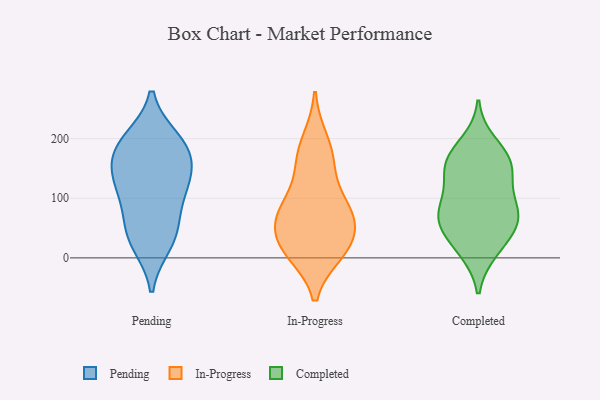
{"axis": {"x": "Shipments", "y": "Value"}, "legend": ["Completed", "In-Progress", "Pending"], "data": [{"x": "", "y": 137, "type": "Pending"}, {"x": "", "y": 197, "type": "Pending"}, {"x": "", "y": 96, "type": "Pending"}, {"x": "", "y": 133, "type": "Pending"}, {"x": "", "y": 191, "type": "Pending"}, {"x": "", "y": 182, "type": "Pending"}, {"x": "", "y": 40, "type": "Pending"}, {"x": "", "y": 117, "type": "Pending"}, {"x": "", "y": 170, "type": "Pending"}, {"x": "", "y": 25, "type": "Pending"}, {"x": "", "y": 47, "type": "Pending"}, {"x": "", "y": 10, "type": "In-Progress"}, {"x": "", "y": 62, "type": "In-Progress"}, {"x": "", "y": 83, "type": "In-Progress"}, {"x": "", "y": 17, "type": "In-Progress"}, {"x": "", "y": 77, "type": "In-Progress"}, {"x": "", "y": 162, "type": "In-Progress"}, {"x": "", "y": 16, "type": "In-Progress"}, {"x": "", "y": 197, "type": "In-Progress"}, {"x": "", "y": 61, "type": "In-Progress"}, {"x": "", "y": 22, "type": "In-Progress"}, {"x": "", "y": 159, "type": "In-Progress"}, {"x": "", "y": 92, "type": "In-Progress"}, {"x": "", "y": 63, "type": "Completed"}, {"x": "", "y": 58, "type": "Completed"}, {"x": "", "y": 90, "type": "Completed"}, {"x": "", "y": 140, "type": "Completed"}, {"x": "", "y": 12, "type": "Completed"}, {"x": "", "y": 77, "type": "Completed"}, {"x": "", "y": 194, "type": "Completed"}, {"x": "", "y": 160, "type": "Completed"}, {"x": "", "y": 114, "type": "Completed"}, {"x": "", "y": 156, "type": "Completed"}, {"x": "", "y": 171, "type": "Completed"}, {"x": "", "y": 155, "type": "Completed"}, {"x": "", "y": 86, "type": "Completed"}, {"x": "", "y": 49, "type": "Completed"}, {"x": "", "y": 11, "type": "Completed"}, {"x": "", "y": 52, "type": "Completed"}]}